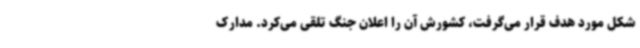
شکل مورد هدف قرار می‌گرفت، کشورش آن را اعلان جنگ تلقی می‌کرد. مدارک